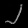
Digit: ၂